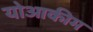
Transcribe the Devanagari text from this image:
योआकीम